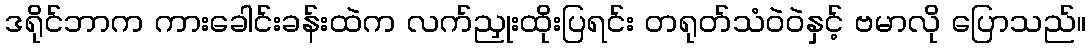
ဒရိုင်ဘာက ကားခေါင်းခန်းထဲက လက်ညှုးထိုးပြရင်း တရုတ်သံဝဲဝဲနှင့် ဗမာလို ပြောသည်။